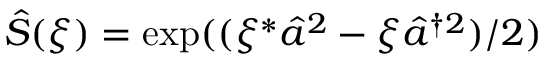
\hat { S } ( \xi ) = \exp ( ( \xi ^ { * } \hat { a } ^ { 2 } - \xi \hat { a } ^ { \dagger 2 } ) / 2 )